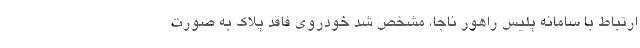
ارتباط با سامانه پلیس راهور ناجا، مشخص شد خودروی فاقد پلاک به صورت